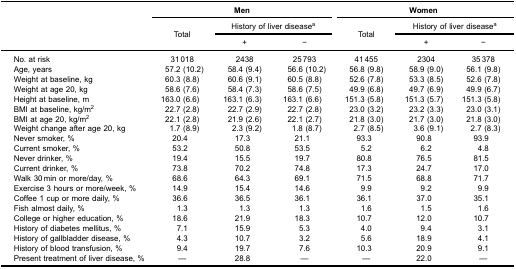
<table><thead><tr><td rowspan="5"><b> </b></td><td colspan="3"><b>Men</b></td><td colspan="3"><b>Women</b></td></tr><tr><td rowspan="3"><b>Total</b></td><td colspan="2"><b>History of liver disease<sup>a</sup></b></td><td rowspan="3"><b>Total</b></td><td colspan="2"><b>History of liver disease<sup>a</sup></b></td></tr><tr><td><b>+</b></td><td><b>−</b></td><td><b>+</b></td><td><b>−</b></td></tr></thead><tbody><tr><td>No. at risk</td><td>31 018</td><td>2438</td><td>25 793</td><td>41 455</td><td>2304</td><td>35 378</td></tr><tr><td>Age, years</td><td>57.2 (10.2)</td><td>58.4 (9.4)</td><td>56.6 (10.2)</td><td>56.8 (9.8)</td><td>58.9 (9.0)</td><td>56.1 (9.8)</td></tr><tr><td>Weight at baseline, kg</td><td>60.3 (8.8)</td><td>60.6 (9.1)</td><td>60.5 (8.8)</td><td>52.6 (7.8)</td><td>53.3 (8.5)</td><td>52.6 (7.8)</td></tr><tr><td>Weight at age 20, kg</td><td>58.6 (7.6)</td><td>58.4 (7.3)</td><td>58.6 (7.5)</td><td>49.9 (6.8)</td><td>49.7 (6.9)</td><td>49.9 (6.7)</td></tr><tr><td>Height at baseline, m</td><td>163.0 (6.6)</td><td>163.1 (6.3)</td><td>163.1 (6.6)</td><td>151.3 (5.8)</td><td>151.3 (5.7)</td><td>151.3 (5.8)</td></tr><tr><td>BMI at baseline, kg/m<sup>2</sup></td><td>22.7 (2.8)</td><td>22.7 (2.9)</td><td>22.7 (2.8)</td><td>23.0 (3.2)</td><td>23.2 (3.3)</td><td>23.0 (3.1)</td></tr><tr><td>BMI at age 20, kg/m<sup>2</sup></td><td>22.1 (2.8)</td><td>21.9 (2.6)</td><td>22.1 (2.7)</td><td>21.8 (3.0)</td><td>21.7 (3.0)</td><td>21.8 (3.0)</td></tr><tr><td>Weight change after age 20, kg</td><td>1.7 (8.9)</td><td>2.3 (9.2)</td><td>1.8 (8.7)</td><td>2.7 (8.5)</td><td>3.6 (9.1)</td><td>2.7 (8.3)</td></tr><tr><td>Never smoker, %</td><td>20.4</td><td>17.3</td><td>21.1</td><td>93.3</td><td>90.8</td><td>93.9</td></tr><tr><td>Current smoker, %</td><td>53.2</td><td>50.8</td><td>53.5</td><td>5.2</td><td>6.2</td><td>4.8</td></tr><tr><td>Never drinker, %</td><td>19.4</td><td>15.5</td><td>19.7</td><td>80.8</td><td>76.5</td><td>81.5</td></tr><tr><td>Current drinker, %</td><td>73.8</td><td>70.2</td><td>74.8</td><td>17.3</td><td>24.7</td><td>17.0</td></tr><tr><td>Walk 30 min or more/day, %</td><td>68.6</td><td>64.3</td><td>69.1</td><td>71.5</td><td>68.8</td><td>71.7</td></tr><tr><td>Exercise 3 hours or more/week, %</td><td>14.9</td><td>15.4</td><td>14.6</td><td>9.9</td><td>9.2</td><td>9.9</td></tr><tr><td>Coffee 1 cup or more daily, %</td><td>36.6</td><td>36.5</td><td>36.1</td><td>36.1</td><td>37.0</td><td>35.1</td></tr><tr><td>Fish almost daily, %</td><td>1.3</td><td>1.3</td><td>1.3</td><td>1.6</td><td>1.5</td><td>1.6</td></tr><tr><td>College or higher education, %</td><td>18.6</td><td>21.9</td><td>18.3</td><td>10.7</td><td>12.0</td><td>10.7</td></tr><tr><td>History of diabetes mellitus, %</td><td>7.1</td><td>15.9</td><td>5.3</td><td>4.0</td><td>9.4</td><td>3.1</td></tr><tr><td>History of gallbladder disease, %</td><td>4.3</td><td>10.7</td><td>3.2</td><td>5.6</td><td>18.9</td><td>4.1</td></tr><tr><td>History of blood transfusion, %</td><td>9.4</td><td>19.7</td><td>7.6</td><td>10.3</td><td>20.9</td><td>9.1</td></tr><tr><td>Present treatment of liver disease, %</td><td>—</td><td>28.8</td><td>—</td><td>—</td><td>22.0</td><td>—</td></tr></tbody></table>